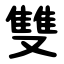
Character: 雙